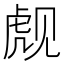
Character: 𬟪